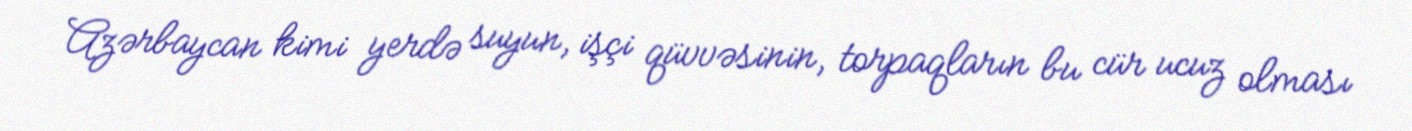
Azərbaycan kimi yerdə suyun, işçi qüvvəsinin, torpaqların bu cür ucuz olması